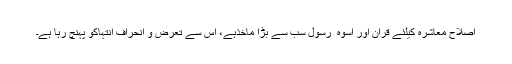
اصلاح معاشرہ کیلئے قرآن اور اسوہ ٔ رسول سب سے بڑا مآخذہے، اس سے تعرض و انحراف انتہاکو پہنچ رہا ہے۔